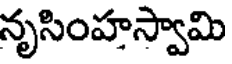
నృసింహస్వామి